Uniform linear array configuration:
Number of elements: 16
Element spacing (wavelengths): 1
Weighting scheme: hamming
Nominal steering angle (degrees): -60
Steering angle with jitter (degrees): -61.499
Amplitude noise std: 0.05
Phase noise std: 0.05

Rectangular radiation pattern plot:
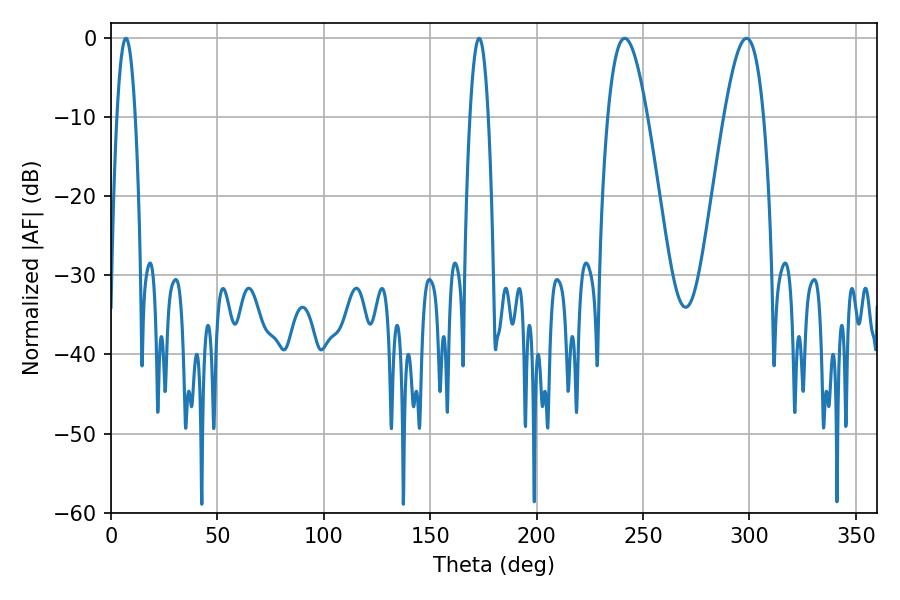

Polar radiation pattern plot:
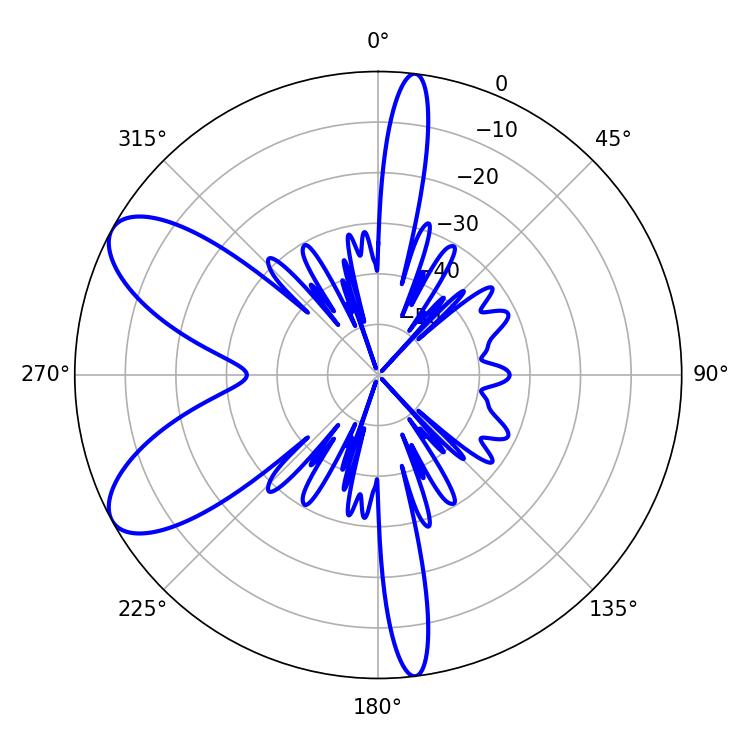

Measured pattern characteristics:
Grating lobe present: TRUE
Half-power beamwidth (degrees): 4.68
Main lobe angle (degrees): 7.02